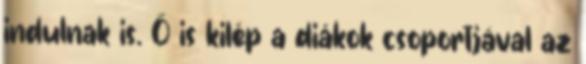
indulnak is. Ő is kilép a diákok csoportjával az